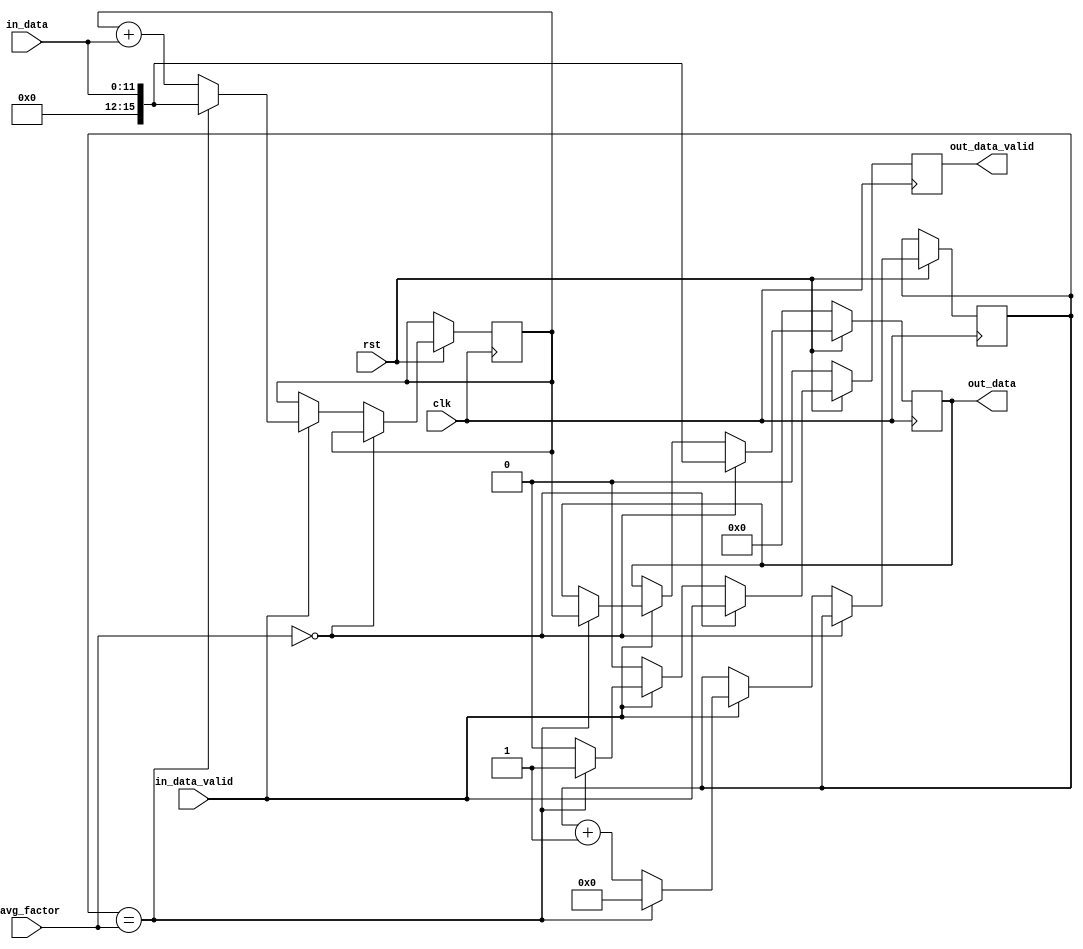
module moving_average_fir
(
	clk, 
	rst, 
	mavg_factor,
	in_data_valid, 
	in_data, 
	out_data_valid, 
	out_data
);

// =====================
// Parameter Section
// =====================			

parameter IN_DATA_WIDTH = 12;
parameter OUT_DATA_WIDTH = 16;

// =====================
// Inout Section
// =====================	
		
input clk;
input rst;

input wire [31:0] mavg_factor;
input wire [IN_DATA_WIDTH-1:0] in_data;
input wire in_data_valid;

output reg out_data_valid;
output reg [OUT_DATA_WIDTH-1:0] out_data;

reg [IN_DATA_WIDTH-1:0] din_cnt = 0;
reg [OUT_DATA_WIDTH-1:0] accumulator = 0;

wire signed_data_valid;
wire [IN_DATA_WIDTH-1:0] signed_in_data;
reg  [OUT_DATA_WIDTH-1:0] signed_out_data;

// =====================
// Code Section
// =====================
		
assign signed_data_valid = in_data_valid;
assign signed_in_data = in_data;

always@* begin 
	out_data <= signed_out_data;
end


always@(posedge clk) begin 
	if(!rst) begin 
		out_data_valid <= 1'b0;
		signed_out_data <= 0;
	end
	else begin 
		if(mavg_factor == 0) begin  
			out_data_valid <= signed_data_valid;
			signed_out_data <= signed_in_data;
		end 
		else begin 
			if(signed_data_valid) begin 
				if(din_cnt == mavg_factor) begin 
					din_cnt <= 0;
					signed_out_data <= accumulator;
					accumulator <= signed_in_data;
					out_data_valid <= 1'b1;
				end
				else begin 
					din_cnt <= din_cnt + 1;
					accumulator <= accumulator+signed_in_data;
					out_data_valid <= 1'b0;
					signed_out_data <= out_data;
				end
			end
			else begin 
				out_data_valid <= 1'b0;
				signed_out_data <= out_data;
			end
		end
	end
end		
	


endmodule